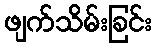
ဖျက်သိမ်းခြင်း